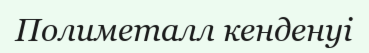
Полиметалл кенденуі